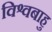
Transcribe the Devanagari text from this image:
विश्वबाहु